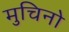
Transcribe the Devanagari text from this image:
मुचिनो